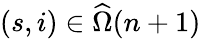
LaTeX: (s,i)\in\widehat{\Omega}(n+1)